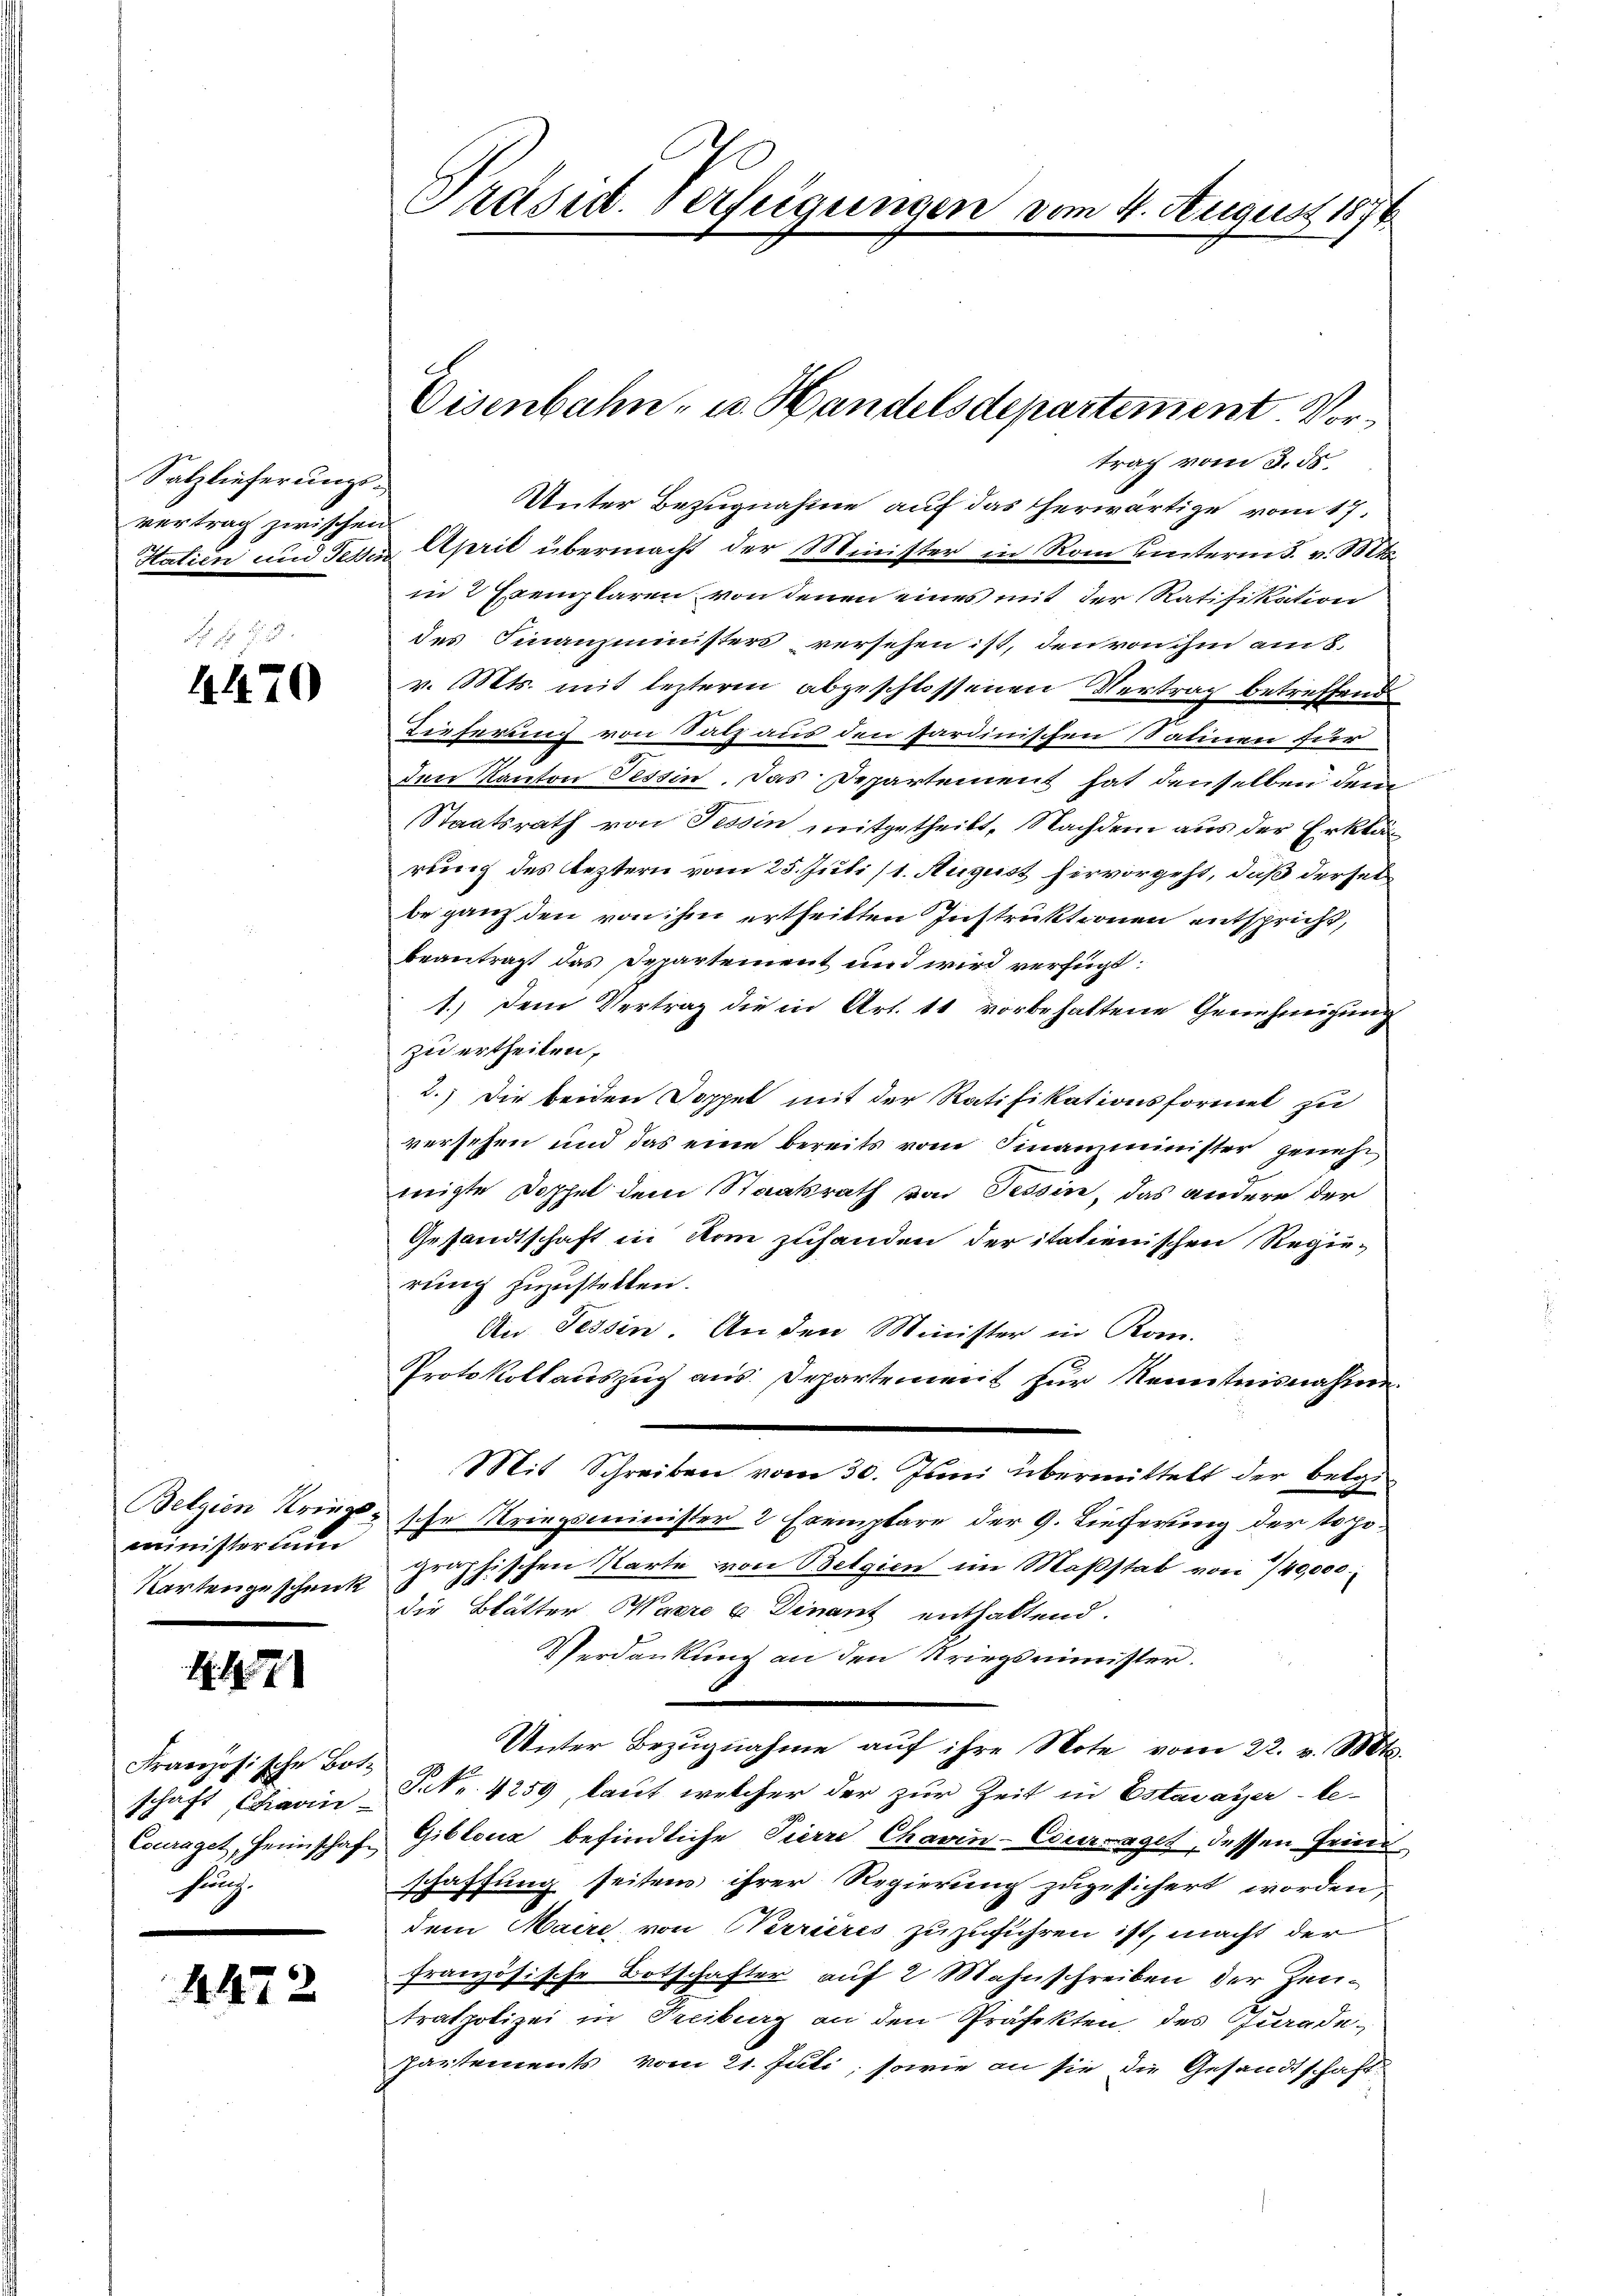
Salzlieferungsvertrag zwischen

4470

Belgien Kriegministertum
Kartengeschenk

N 182

Französische Bote
hung.

4422

in 2 Exemplaren von denen eines mit der Ratifikation
des Finanzministers versehen ist, den von ihm am 8.
v. Mts. mit lezterm abgeschlossenen Vertrag betreffend
Dieferung von Satz aus den sardinischen Satinen für
den Kanton Tessin. Das Departement hat denselben dem
Staatsrath von Tessin mitgetheilt, Nachdem aus der Erklär
rung des leztern vom 25. Juli /1. August hervorgeht, daß dersel
be ganz den von ihm ertheilten Instruktionen entspricht,
beantragt das Departement und wird verfügt:
1.) Dem Vertrag die in Art. 11 vorbehaltene Genehmigung
zu ertheilen,
2.) Die beiden Doppel mit der Ratifikationsformel zu
versehen und das eine bereits vom Finanzminister geneh
migte Doppel dem Staatsrath von Tessin, das andere der
Gesandtschaft in Rom zufanden der italienischen Regie-
rung zuzustellen.
An Tessin. An den Minister in Kom-
Protokollauszug aus Departement für Kenntnisnahme.
Mit Schreiben vom 30. Juni übermittelt der betresche Kriegsminister 2 Exemplare der G. Tieferung der topographischen Karte von Belgien in Maßstab von 740,000.
die Blätter Maere 6 Dinant enthaltend.
Verdankung an den Kriegsminister.
Unter Bezŭgnahme aŭf ihre Note vom 22. v. Mts.
18oft, Diarin Frk. 4259, laut welcher der zur Zeit in Estavayer - le¬
Couraget, Heimschaf Giblona befindliche Pierre Chavin-Couraget, dessen Fried
schaffung seiten ihrer Regierung zugesichert worden,
dem Maire von Verrieres zuzuführen ist, macht der
französische Botschafter auf 2 Mahnschreiben der Zeutratpolizei in Treiberg an den Präfekten, des Parade¬
Partements vom 21. Juli, sowie an sie die Gesandtschaft

Präsid. Verfügungen vom 4. August 1876.

Eisenbahn- u. Handelsdepartement. Vortrag vom 3. ds.
Unter Bezugnahme auf das Therwärtige vom 17.
Statien und Tessin April übermacht der Minister in Rom hinterm 5. v. Mts.